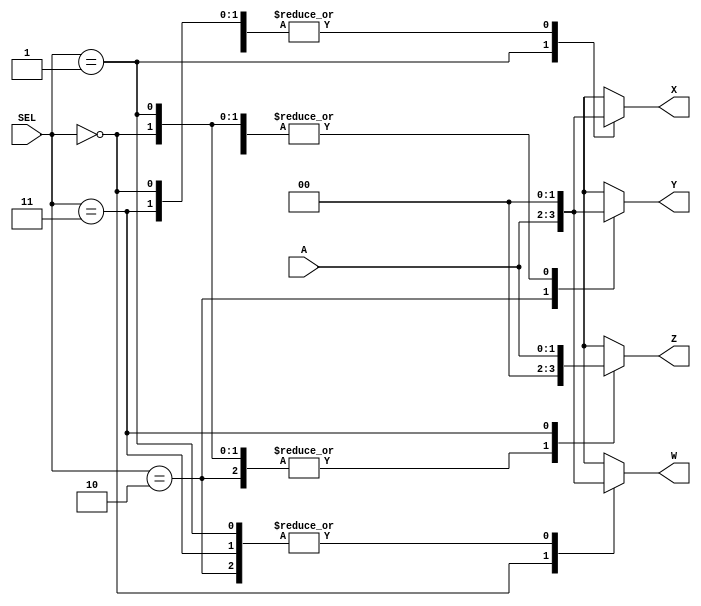
`timescale 1ns / 1ps
//////////////////////////////////////////////////////////////////////////////////
// Company: 
// Engineer: 
// 
// Design Name: 
// Module Name: demultiplexer
// Project Name: 
// Target Devices: 
// Tool Versions: 
// Description: 
// 
// Dependencies: 
// 
// Revision:
// Revision 0.01 - File Created
// Additional Comments:
// 
//////////////////////////////////////////////////////////////////////////////////


module demultiplexer(
    input [1:0]A,
    input [1:0]SEL,
    output reg [1:0]W,
    output reg [1:0]X,
    output reg [1:0]Y,
    output reg [1:0]Z
    );

always@ (A or SEL) begin
    
    W = 2'b00;
    X = 2'b00;
    Y = 2'b00;
    Z = 2'b00;
    
    case(SEL)
        2'b00: W = A;
        2'b01: X = A;
        2'b10: Y = A;
        2'b11: Z = A;
    endcase
end

endmodule